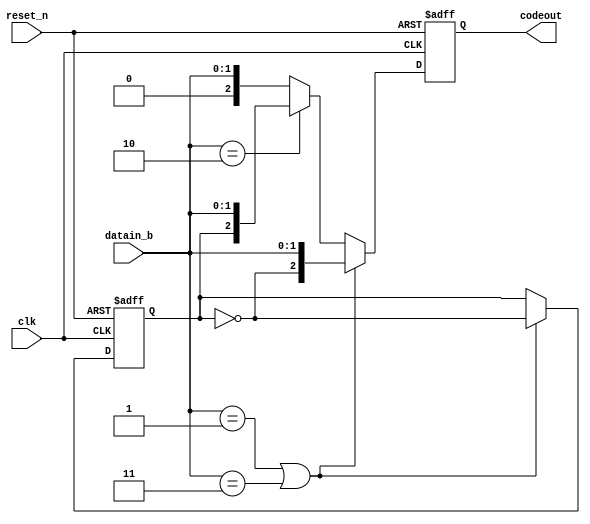
module polar(
clk,
reset_n,
datain_b,
codeout
);

input clk;
input reset_n;
input  [1:0] datain_b;
output [2:0] codeout ;

reg [2:0] polared;
reg polar;


always @(posedge clk or negedge reset_n) begin
    if (!reset_n) begin
        polar <= 1'b0;
        polared <= 3'bxxx;
    end
   else begin
		if(datain_b == 2'b01 || datain_b == 2'b11)begin
			polar = ~ polar;
			polared = {polar,datain_b};
		end
		else if (datain_b==2'b10) begin
			polared <= {polar,datain_b};
		end
    else
        polared <= {1'b0,datain_b};
	end	  
end

assign codeout = polared;
endmodule